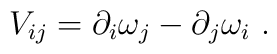
V_{ij}=\partial_i\omega_j-\partial_j\omega_i \ .